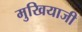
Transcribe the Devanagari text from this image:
मुखियाजी